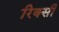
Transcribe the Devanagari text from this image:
रिक्सी